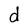
Character: d